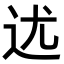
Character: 𨑫